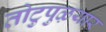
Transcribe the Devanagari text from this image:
तोटुपुऴयार